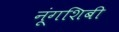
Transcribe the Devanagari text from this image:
नूंगशिबी